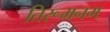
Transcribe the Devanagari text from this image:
तिरूमनम